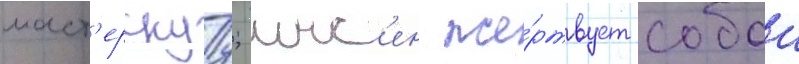
маст'ерскуу; инс'ен же́ртвует собои